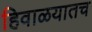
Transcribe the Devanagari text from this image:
हिवाळयातच